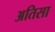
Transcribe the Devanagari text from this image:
अतिसा